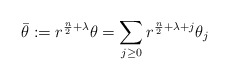
\begin{align*} \bar{\theta}:=r^{\frac n2+\lambda}\theta=\sum_{j\geq 0} r^{\frac n2+\lambda+j}\theta_j \end{align*}